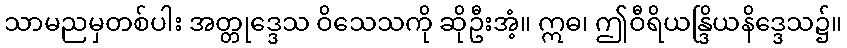
သာမညမှတစ်ပါး အတ္တုဒ္ဒေသ ဝိသေသကို ဆိုဦးအံ့။ ဣဓ၊ ဤဝီရိယန္ဒြိယနိဒ္ဒေသ၌။